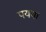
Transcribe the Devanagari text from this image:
पयया